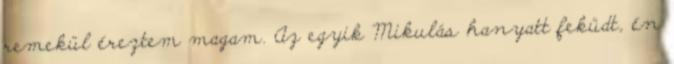
remekül éreztem magam. Az egyik Mikulás hanyatt feküdt, én